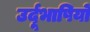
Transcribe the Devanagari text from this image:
उर्दूभाषियों